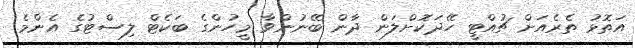
އަތޮޅު ތެރެއަށް ޗުއްޓީ ހޭދަކޮށްލަން ދާން ބޭނުންވާ މީހުންގެ ބަކެޓް ލިސްޓުގެ އެންމެ